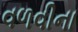
વળવીના